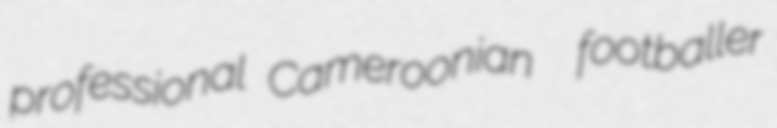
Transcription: professional Cameroonian  footballer